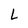
Character: L